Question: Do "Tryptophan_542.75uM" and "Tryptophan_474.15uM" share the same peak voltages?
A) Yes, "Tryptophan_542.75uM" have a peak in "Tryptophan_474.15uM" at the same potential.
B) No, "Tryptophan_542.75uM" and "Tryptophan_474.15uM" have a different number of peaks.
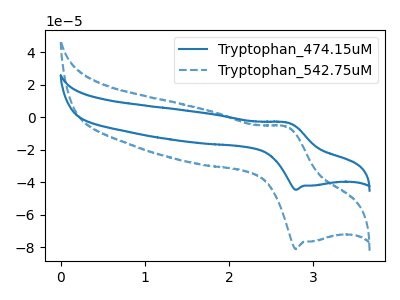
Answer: <think>The blue curve "Tryptophan_474.15uM" has an anodic peak at (2.70V, -3.25uA) and a cathodic peak at (2.80V, -44.65uA). The blue dashed curve "Tryptophan_542.75uM" has an anodic peak at (2.70V, -5.85uA) and a cathodic peak at (2.80V, -81.15uA).</think>
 <answer>A) Yes, "Tryptophan_542.75uM" have a peak in "Tryptophan_474.15uM" at the same potential.</answer>
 <eval>A</eval>